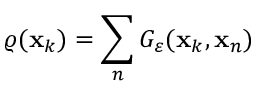
\varrho ( \mathbf { x } _ { k } ) = \sum _ { n } G _ { \varepsilon } ( \mathbf { x } _ { k } , \mathbf { x } _ { n } )